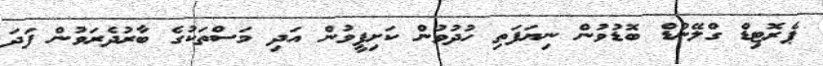
ޕެރޮޓިޑް ގްލޭންޑް ބޮޑުވުން ނިޔަފަތި ހުދުވުން ކަށިފީވުން އަދި މަސްތަކުގެ ބާރުދެރަވުން ފަދަ